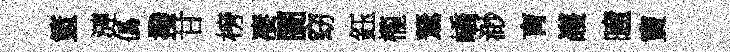
籃漣僞撥甘榜凄闠窈鈺櫳駑嶠渺肓護曈竇